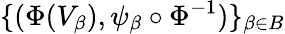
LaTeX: \{ (\Phi(V_{\beta}),\psi_{\beta}\circ\Phi^{-1})\} _{\beta\in B}